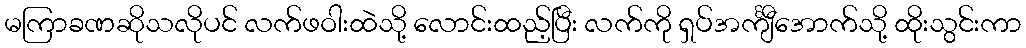
မကြာခဏဆိုသလိုပင် လက်ဖဝါးထဲသို့ လောင်းထည့်ပြီး လက်ကို ရှပ်အင်္ကျီအောက်သို့ ထိုးသွင်းကာ